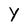
Character: Y